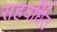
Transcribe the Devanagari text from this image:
सहवर्धित